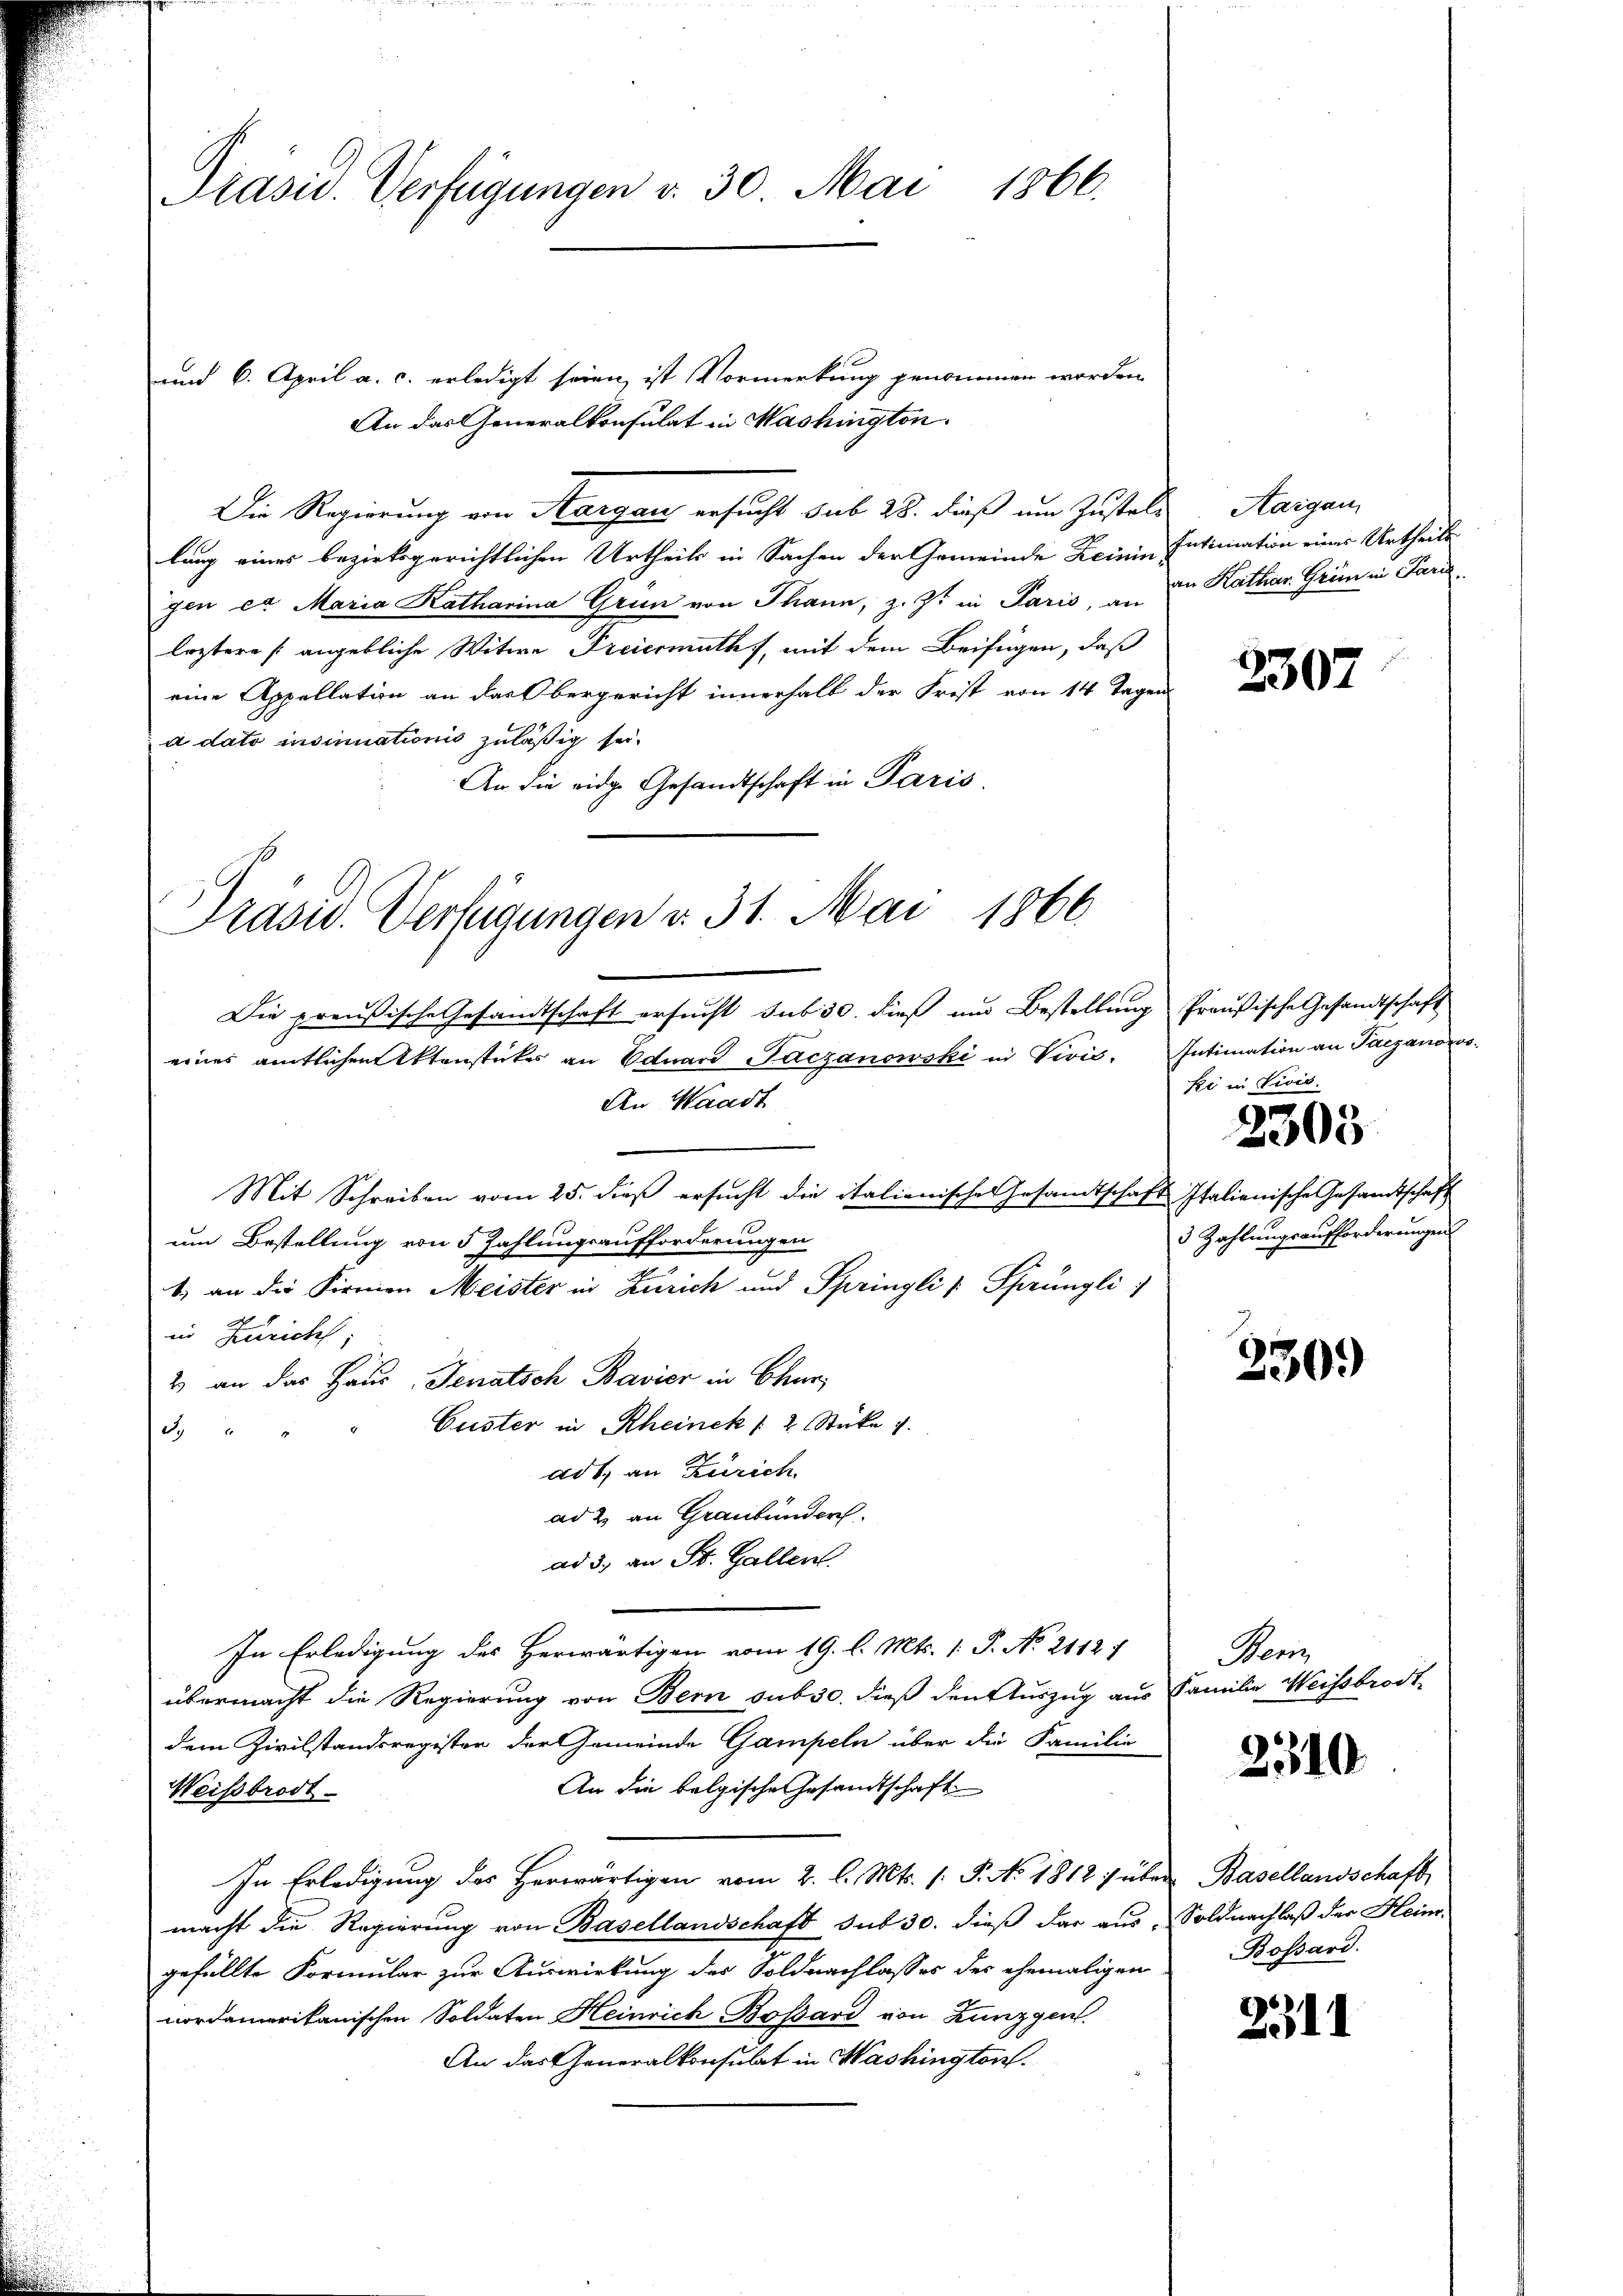
Präsid. Verfügungen v. 30. Mai 1866.

und 6. April a. c. erledigt seien, ist Vormerkung genommen worden
An das Generalkonsulat in Washington
Die Regierung von Margau ersucht sub 28. dieß um Zustel-
lung eines bezirksgerichtlichen Urtheils in Sachen der Gemeinde Reiningen er Maria Katharina Grun von Thann, z. Z. in Paris, an
leztere (angebliche Witwe Freiermuth, mit dem Beifügen, daß
eine Appellation an das Obergericht innerhalb der Frist von 14 Tagen
à dato insinuationis zuläßig sei.
An die eidge Gesandtschaft in Paris.
Die preußische Gesandtschaft ersucht sub 30. dieß und Bestellung Preußische Gesandtschaft
eines amtlichen Aktenstückes an Eduard Paczanowski in Virić-
An Waadt
Mit Schreiben vom 25. dieß ersucht die italienisches Gesandtschaft Italienische Gesandtschaft
um Bestellung von 5 Zahlungsaufforderungen
1. an die Firmen Meister in Zürich und Springli [ Sprüngli
in Zürich,
2 an das Haus Senatsch Bavier in Chur¬
Guster in Rheinek 12 Stücke 1
2
adt, an Zürich
ad 2. an Graubünder
ad 3. an St. Gallen.
In Erledigung des Herwärtigen vom 19. l. Mts. 1. P. No. 2142 f
übermacht die Regierung von Bern sub 30. dieß den Auszug aus
dem Zivilstandsregister der Gemeinde Gampeln über die Familie
An die belgische Gesandtschaft
Weisbrodt
In Erledigung des Herwärtigen vom 2. l. Mts. (: P. No 1812 übe
macht die Regierung von Basellandschaft sub 30. dieß dar aus, Soldnachlaß der Heim.
gefällte Formular zur Auswirkung der Soldnachlasses der ehemaligen
nordamerikanischen Soldaten Heinrich Bossard von Zunzgen
An das Generalkonsulat in Washington.

Präsid. Verfügungen v. 31. Mai 1866

Aargau,
Intimation eines Urtheile
an Kathar. Grün in Pari

2307

Intimation an Paczanows
ki in Divis.
2305
3 Zahlungsaufforderungen

230.

Men
Familie Weissbrodt

2310.

Basellandschafts
Bossard.

2511